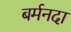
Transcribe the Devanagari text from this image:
बर्मनदा